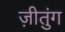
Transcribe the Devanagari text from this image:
ज़ीतुंग